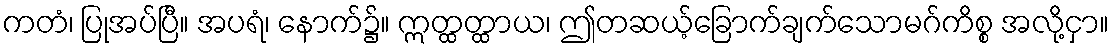
ကတံ၊ ပြုအပ်ပြီ။ အပရံ၊ နောက်၌။ ဣတ္ထတ္ထာယ၊ ဤတဆယ့်ခြောက်ချက်သောမဂ်ကိစ္စ အလို့ငှာ။